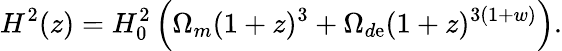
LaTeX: H^{2}(z)=H_{0}^{2}\left(\Omega_{m}(1+z)^{3}+\Omega_{d\mathrm{e}}(1+z)^{3(1+w)}\right).